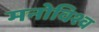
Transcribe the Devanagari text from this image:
मनोविश्व